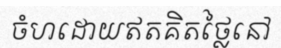
ចំហដោយឥតគិតថ្លៃនៅ